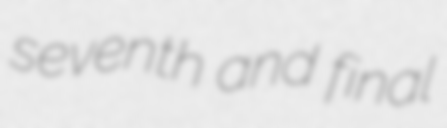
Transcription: seventh and final